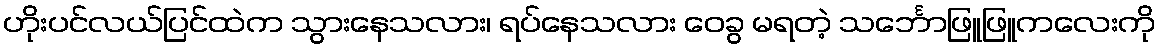
ဟိုးပင်လယ်ပြင်ထဲက သွားနေသလား၊ ရပ်နေသလား ဝေခွ မရတဲ့ သင်္ဘောဖြူဖြူကလေးကို